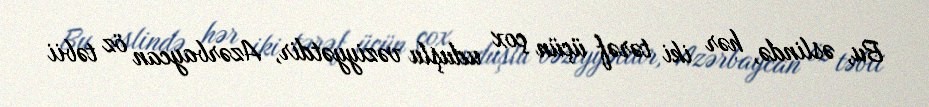
Bu, əslində, hər iki tərəf üçün çox uduşlu vəziyyətdir, Azərbaycan öz təbii